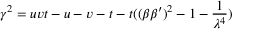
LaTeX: \gamma ^ { 2 } = u v t - u - v - t - t ( ( \beta \beta ^ { \prime } ) ^ { 2 } - 1 - \frac 1 { \lambda ^ { 4 } } )